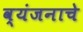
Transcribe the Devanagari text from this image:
व्यंजनाचे